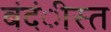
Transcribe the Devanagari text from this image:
बंदंीस्त